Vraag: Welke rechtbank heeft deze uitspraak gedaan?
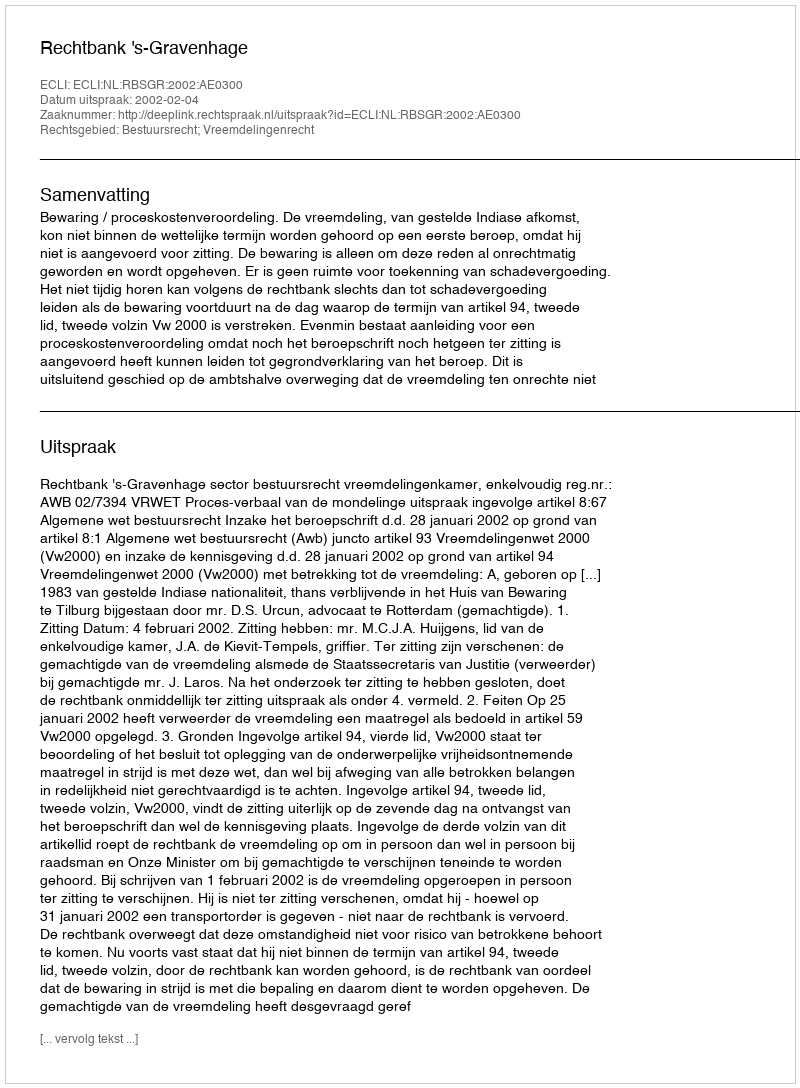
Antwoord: Rechtbank 's-Gravenhage